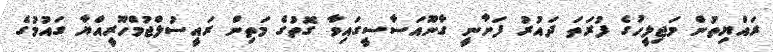
ރައްޔިތުން މަޖިލީހުގެ ފުރަތަ ދައުރު ފަށާނީ ގާނޫއަސާސީގައިވާ ގޮތުގެ މަތިން ރައީސުލްޖުމްހޫރީއްޔާ ގައުމުގެ